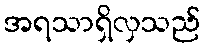
အရသာရှိလှသည်